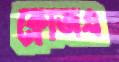
ক্লোজএ